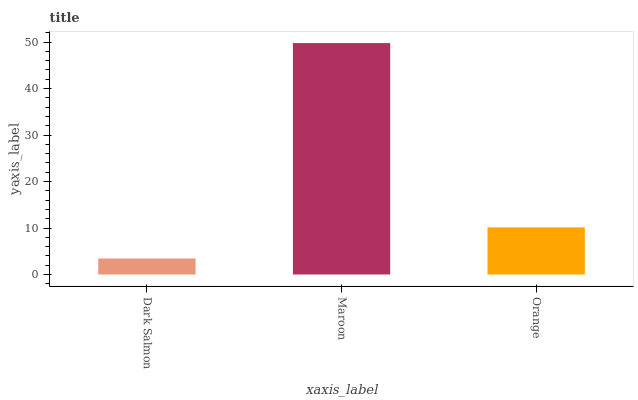
| xaxis_label | bars |
 | --- | --- |
 | Dark Salmon | 3.44 |
 | Maroon | 49.8 |
 | Orange | 10.1 |